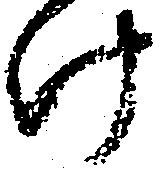
け